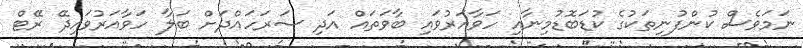
ނަމަވެސް ކުންފުނިތަކުގެ ކުޑަބޮޑުމިނާއި ހަވާއަރުވައި ބާވަތައް އަދި ސަރަހައްދަށް ބަލާ ހަވާއަރުވައިދޭ ރޭޓް